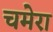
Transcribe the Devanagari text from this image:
चमेरा